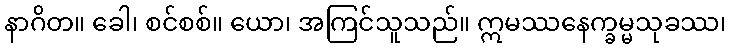
နာဂိတ။ ခေါ၊ စင်စစ်။ ယော၊ အကြင်သူသည်။ ဣမဿနေက္ခမ္မသုခဿ၊